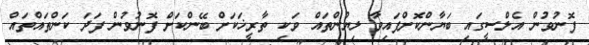
ފޮނުވުން އެލްސީގައި ބަޔާންކޮށްފައިވާ ލިޔުންތައް ވަކި ތާރީޚަކަށް ބޭންކަށް ފޮނުވުން ފަދަ ކަންތައްތައް